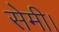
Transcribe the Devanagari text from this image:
सेमी।